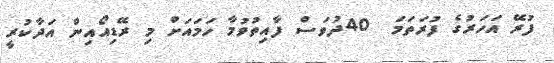
ފުރޭ އަހަރުގެ ފުރަތަމަ  40ދުވަސް ފާއިތުވުމާ ހަމައަށް މި ރޭޑިއޯއިން އަދާކުރީ